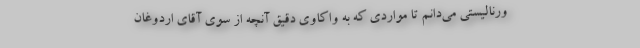
ورنالیستی می‌دانم تا مواردی که به واکاوی دقیق آنچه از سوی آقای اردوغان